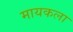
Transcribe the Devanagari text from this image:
मायकला